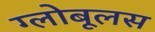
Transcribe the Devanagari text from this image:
ग्लोबूलस